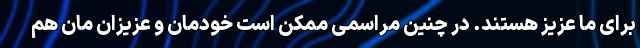
برای ما عزیز هستند. در چنین مراسمی ممکن است خودمان و عزیزان مان هم